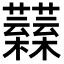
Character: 𧅟